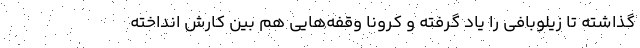
گذاشته تا زیلوبافی را یاد گرفته و کرونا وقفه‌هایی هم بین کارش انداخته